Rangoon Lunatic Asylum 1893-1897 - 1893-1897
Year: 1893
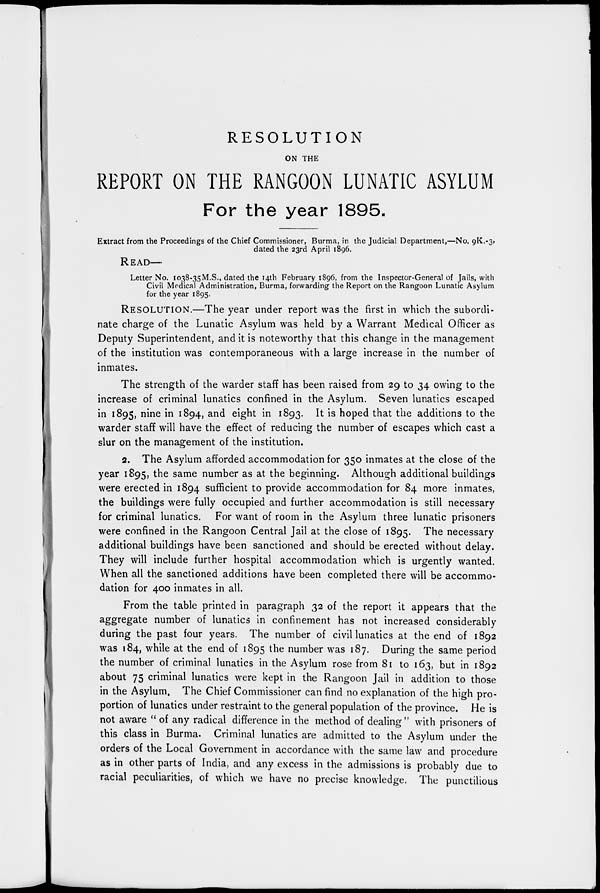
RESOLUTION
ON THE
REPORT ON THE RANGOON LUNATIC ASYLUM
For the year 1895.
Extract from the Proceedings of the Chief Commissioner, Burma, in the Judicial Department,—No. 9K.-3,
dated the 23rd April 1896.
READ—
Letter No. 1038-35M.S., dated the 14th February 1896, from the Inspector-General of Jails, with
Civil Medical Administration, Burma, forwarding the Report on the Rangoon Lunatic Asylum
for the year 1895.
RESOLUTION.—The year under report was the first in which the subordi-
nate charge of the Lunatic Asylum was held by a Warrant Medical Officer as
Deputy Superintendent, and it is noteworthy that this change in the management
of the institution was contemporaneous with a large increase in the number of
inmates.
The strength of the warder staff has been raised from 29 to 34 owing to the
increase of criminal lunatics confined in the Asylum. Seven lunatics escaped
in 1895, nine in 1894, and eight in 1893. It is hoped that the additions to the
warder staff will have the effect of reducing the number of escapes which cast a
slur on the management of the institution.
2. The Asylum afforded accommodation for 350 inmates at the close of the
year 1895, the same number as at the beginning. Although additional buildings
were erected in 1894 sufficient to provide accommodation for 84 more inmates,
the buildings were fully occupied and further accommodation is still necessary
for criminal lunatics. For want of room in the Asylum three lunatic prisoners
were confined in the Rangoon Central Jail at the close of 1895. The necessary
additional buildings have been sanctioned and should be erected without delay.
They will include further hospital accommodation which is urgently wanted.
When all the sanctioned additions have been completed there will be accommo-
dation for 400 inmates in all.
From the table printed in paragraph 32 of the report it appears that the
aggregate number of lunatics in confinement has not increased considerably
during the past four years. The number of civil lunatics at the end of 1892
was 184, while at the end of 1895 the number was 187. During the same period
the number of criminal lunatics in the Asylum rose from 81 to 163, but in 1892
about 75 criminal lunatics were kept in the Rangoon Jail in addition to those
in the Asylum. The Chief Commissioner can find no explanation of the high pro-
portion of lunatics under restraint to the general population of the province. He is
not aware " of any radical difference in the method of dealing " with prisoners of
this class in Burma. Criminal lunatics are admitted to the Asylum under the
orders of the Local Government in accordance with the same law and procedure
as in other parts of India, and any excess in the admissions is probably due to
racial peculiarities, of which we have no precise knowledge. The punctilious